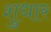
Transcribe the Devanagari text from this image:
शुधार